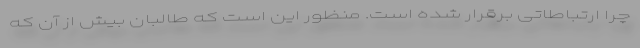
چرا ارتباطاتی برقرار شده است. منظور این است که طالبان بیش از آن که